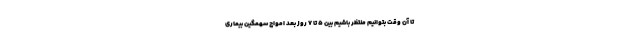
تا آن وقت بتوانیم منتظر باشیم بین ۵ تا ۷ روز بعد امواج سهمگین بیماری